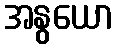
အနွယော